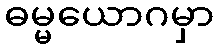
ဓမ္မယောဂမှာ